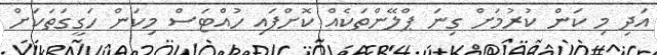
އަދި މި ކަން ކުރުމަށް ގިނަ ޕްލޭންތަކެއް ކޮށްފައި ހުއްޓަސް މިކަން ހަގީގަތަކަށް